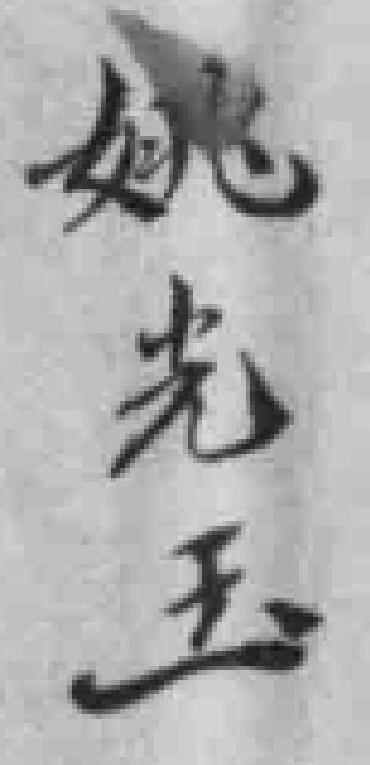
姚光玉